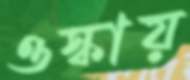
ওস্‌কায়